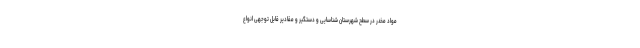
مواد مخدر در سطح شهرستان شناسایی و دستگیر و مقادیر قابل توجهی انواع